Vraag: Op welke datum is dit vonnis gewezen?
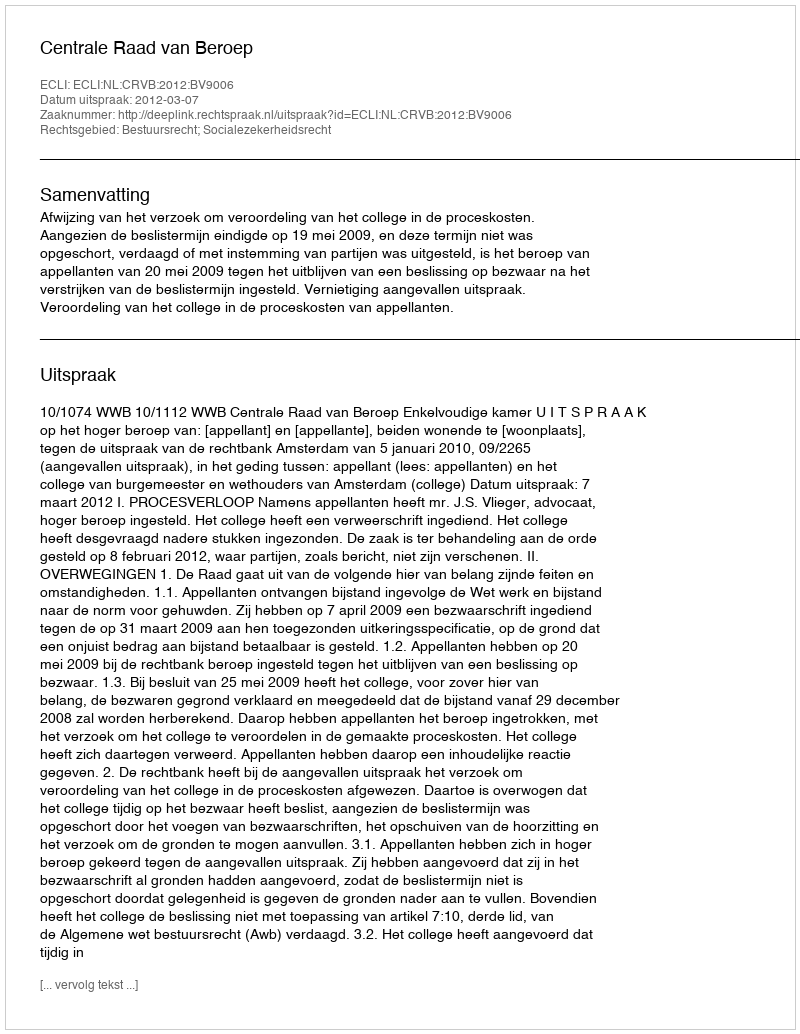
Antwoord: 2012-03-07